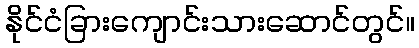
နိုင်ငံခြားကျောင်းသားဆောင်တွင်။